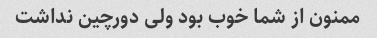
ممنون از شما خوب بود ولی دورچین نداشت